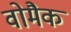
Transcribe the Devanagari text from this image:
वोमैक